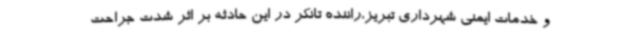
و خدمات ایمنی شهرداری تبریز،راننده تانکر در این حادثه بر اثر شدت جراحت